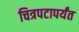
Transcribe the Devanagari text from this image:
चित्रपटापर्यंत